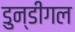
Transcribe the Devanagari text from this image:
डुन्डीगल